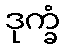
ဒုက္ခံ